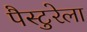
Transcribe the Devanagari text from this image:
पैस्टुरेला